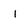
Character: I